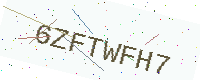
Text: 6ZFTWFH7